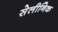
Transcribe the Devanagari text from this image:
सेलीनिक